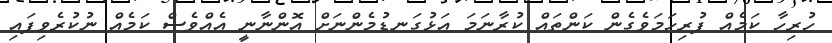
ހުރިހާ ކަމެއް ފުރިހަމަވެގެން ކަންތައް ކުރާނަމަ އަޅުގަނޑުމެންނަށް އޮންނާނީ އެއްވެސް ކަމެއް ނުކުރެވިފައި